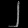
Digit: ၂